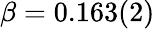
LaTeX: \beta=0.163(2)